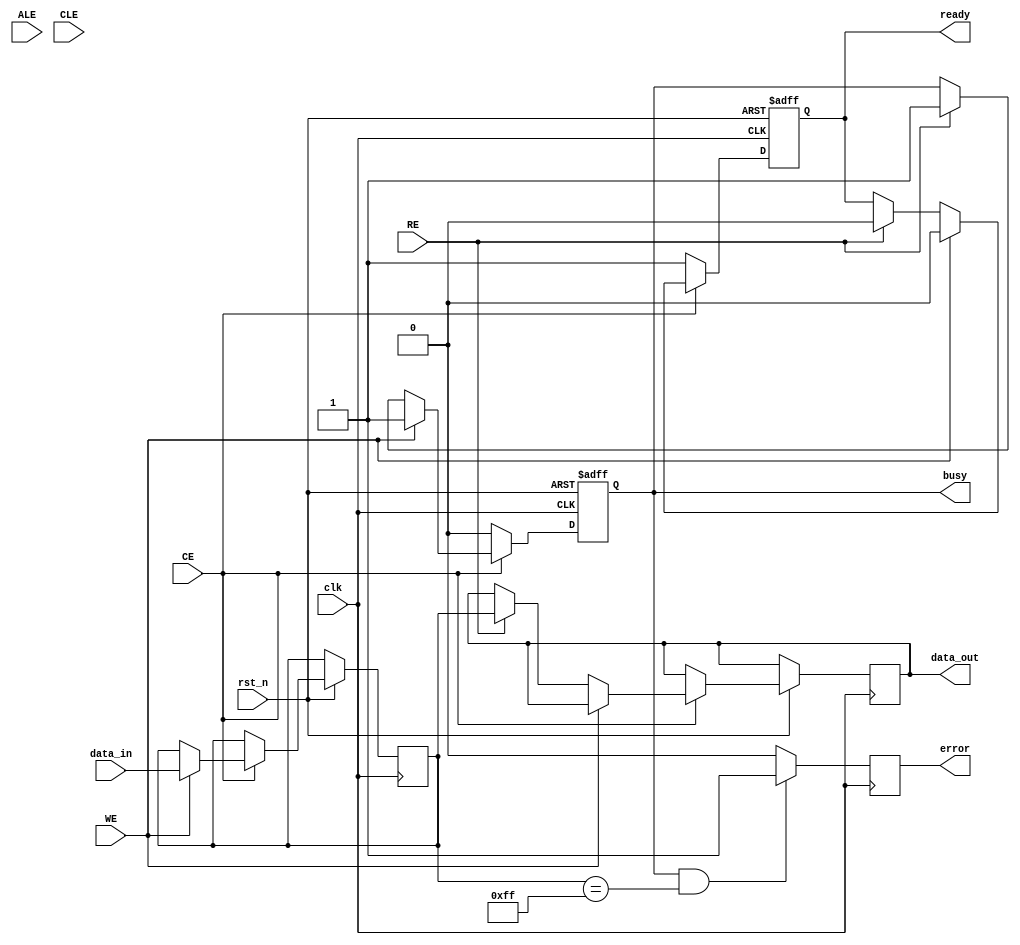
module IO_Block_NAND_Flash (
    input wire clk,               // Main clock
    input wire rst_n,             // Active low reset
    input wire [7:0] data_in,     // Data input from the external system
    output reg [7:0] data_out,     // Data output to the external system
    input wire WE,                // Write Enable
    input wire RE,                // Read Enable
    input wire CE,                // Chip Enable
    input wire ALE,               // Address Latch Enable
    input wire CLE,               // Command Latch Enable
    output reg busy,              // Busy status
    output reg error,             // Error status
    output reg ready              // Ready status
);

    // Internal signals
    reg [7:0] data_buffer;           // Buffer for data latching
    reg [3:0] command;                // Command register
    reg [7:0] status_register;        // Status register

    // Initialization sequence
    initial begin
        busy = 0;
        error = 0;
        ready = 1;
        data_out = 8'h00;
    end

    // Command Decoder
    always @(posedge clk or negedge rst_n) begin
        if (!rst_n) begin
            command <= 4'b0000; // Reset command
        end else if (CLE) begin
            command <= data_in[3:0]; // Load command when CLE is active
        end
    end

    // Control Signal Management
    always @(posedge clk or negedge rst_n) begin
        if (!rst_n) begin
            busy <= 0;
            ready <= 1;
        end else if (CE) begin
            if (WE) begin
                busy <= 1;
                ready <= 0;
                data_buffer <= data_in; // Write data to buffer
            end else if (RE) begin
                busy <= 1;
                ready <= 0;
                data_out <= data_buffer; // Read data from buffer
            end
        end else begin
            busy <= 0;
            ready <= 1;
        end
    end

    // Error Detection (simple example)
    always @(posedge clk) begin
        if (busy && (data_buffer == 8'hFF)) begin // Example error condition
            error <= 1; // Set error flag
        end else begin
            error <= 0; // Clear error flag
        end
    end

    // Status Register Management
    always @(posedge clk) begin
        status_register <= {busy, ready, error, 4'b0000}; // Update status register
    end

    // Power Management (example)
    always @(posedge clk or negedge rst_n) begin
        if (!rst_n) begin
            // Initialize power states
        end else begin
            // Power control logic can be added here
        end
    end

endmodule